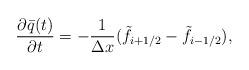
LaTeX: \begin{align*}\frac{\partial \bar{q}(t)}{\partial t} =-\frac{1}{\Delta x}(\tilde{f}_{i+1/2}-\tilde{f}_{i-1/2}),\end{align*}